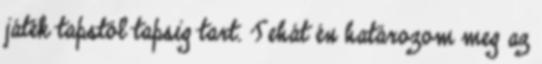
játék tapstól tapsig tart. Tehát én határozom meg az